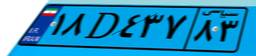
۸۲D۷۸۳۲۸